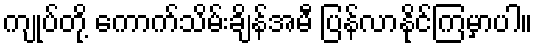
ကျုပ်တို့ ကောက်သိမ်းချိန်အမီ ပြန်လာနိုင်ကြမှာပါ။